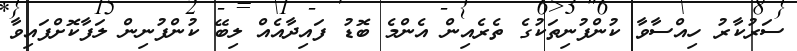
ސަރުކާރު ހިއްސާވާ ކުންފުނިތަކުގެ ތެރެއިން އެންމެ ބޮޑު ފައިދާއެއް ލިބޭ ކުންފުނިން ލަފާކޮށްފައިވާ